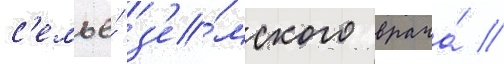
с'емье́ з'е́мского врача́ //